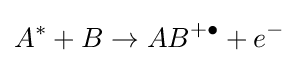
A^{*}+B\to AB^{+\bullet }+e^{-}